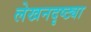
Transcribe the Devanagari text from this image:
लेखनदृष्ट्या